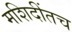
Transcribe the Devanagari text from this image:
मशिदींतच